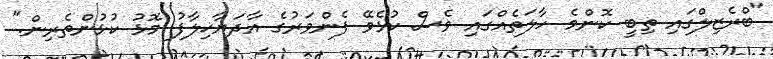
"ބްރެޒިލްގައި ތިބީ ކޮންމެ ހާލަތެއްގައި ވެސް ކުޅެވޭ ފެންވަރުގެ އާދަޔާޚިލާފު މޮޅު ކުޅުންތެރިން."